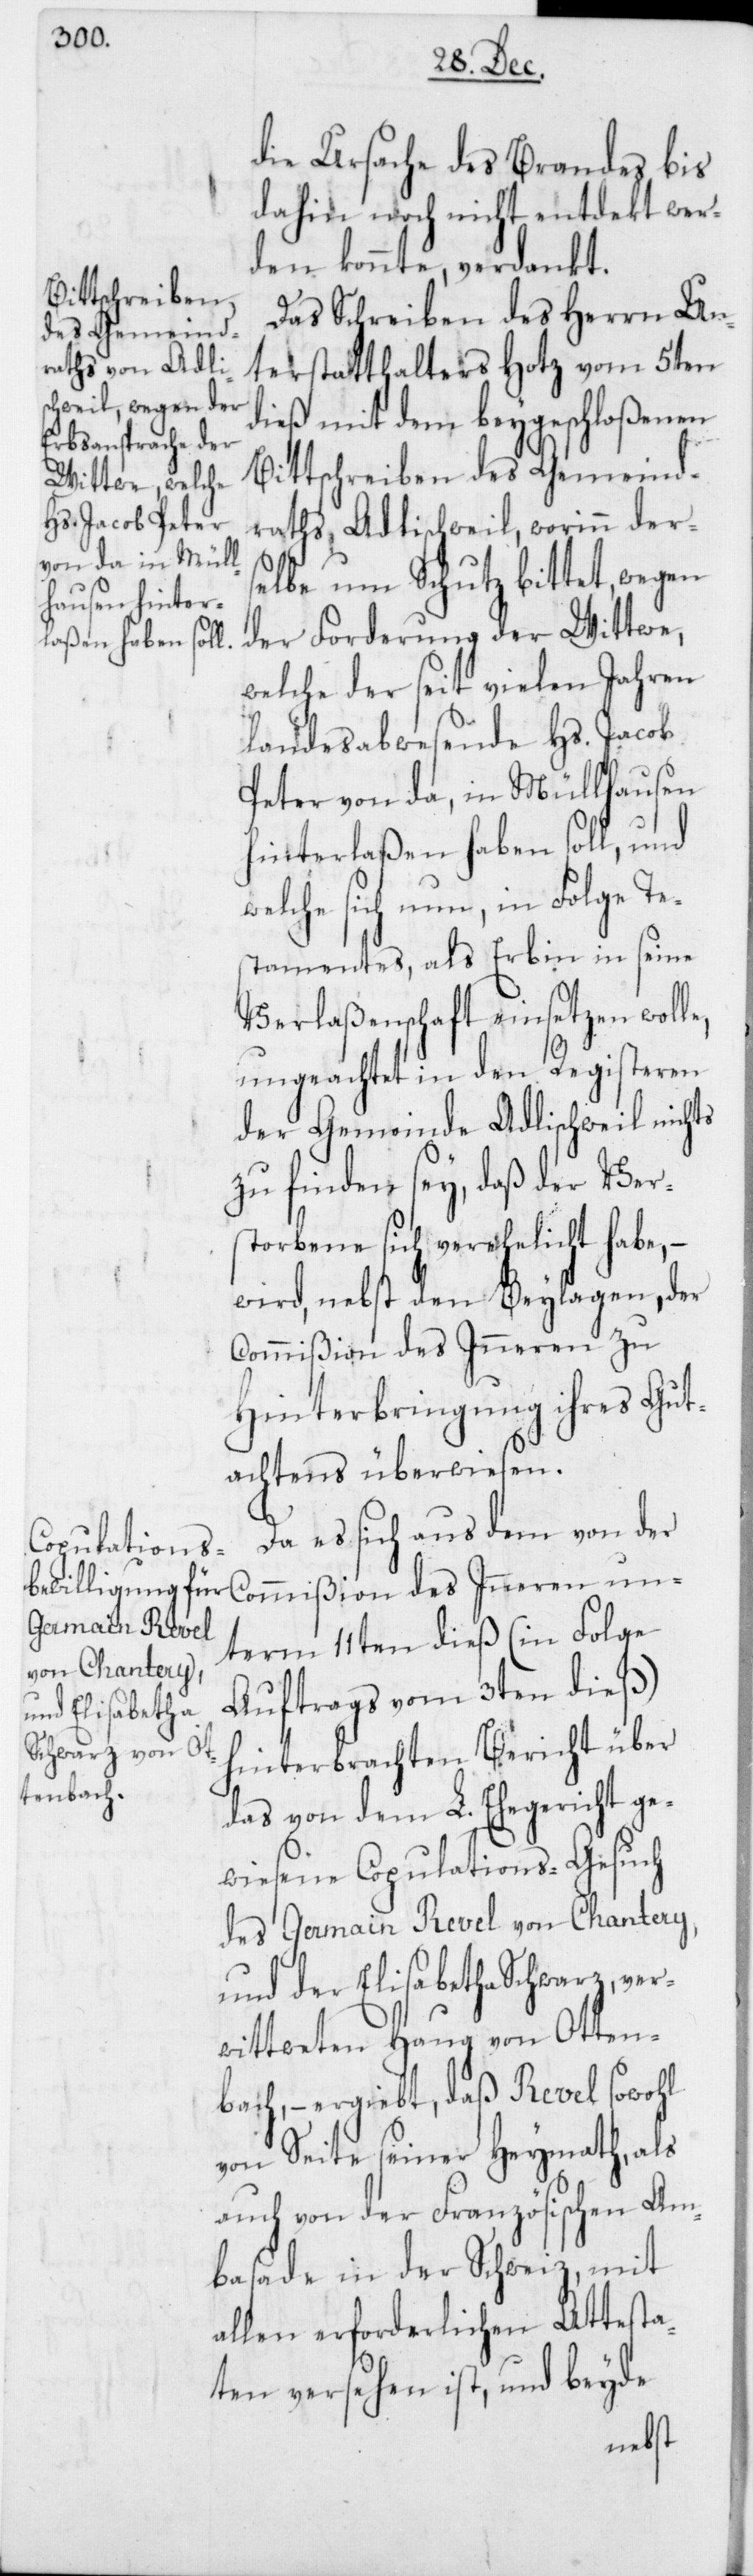
die Ursache des Brandes bis
dahin noch nicht entdekt wer¬
den konnte, verdankt.
Das Schreiben des Herrn Un¬
terstatthalters Hotz vom 5ten
dieß mit dem beygeschloßenen
Bittschreiben des Gemeind¬
raths Adlischweil, worinn ders¬
elbe um Schutz bittet, wegen
der Forderung der Wittwe,
welche der seit vielen Jahren
landesabwesende Hs. Jacob
Peter von da, in Müllhausen
hinterlaßen haben soll, und
welche sich nun, in Folge Te¬
stamentes, als Erbin in seine
Verlaßenschaft einsetzen wolle,
ungeachtet in den Registeren
der Gemeinde Adlischweil nichts
zu finden sey, daß der Vers¬
torbene sich verehelicht habe, –
wird, nebst den Beylagen, der
Commißion des Inneren zu
Hinterbringung ihres Gut¬
achtens überwiesen.
Da es sich aus dem von der
Commißion des Inneren un¬
term 11ten dieß (in Folge
Auftrags vom 3ten dieß)
hinterbrachten Bericht über
das von dem L. Ehegericht ge¬
wiesene Copulations-Gesuch
des Germain Revel von Chantery,
und der Elisabetha Schwarz, ver¬
wittweten Haug von Otten¬
bach, – ergiebt, daß Revel sowohl
von Seite seiner Heymath, als
auch von der Französischen Am¬
basade in der Schweiz, mit
allen erforderlichen Attesta¬
ten versehen ist, und beyde